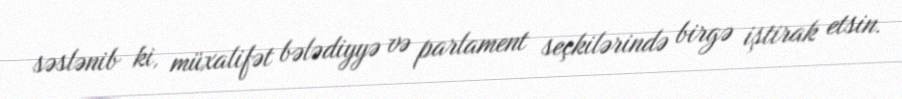
səslənib ki, müxalifət bələdiyyə və parlament seçkilərində birgə iştirak etsin.